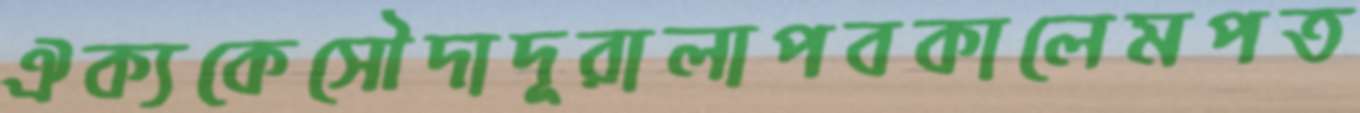
ঐক্যকেসৌদাদূরালাপবকালেমপত